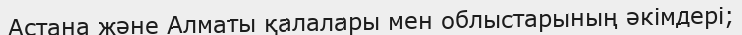
Астана және Алматы қалалары мен облыстарының әкімдері;